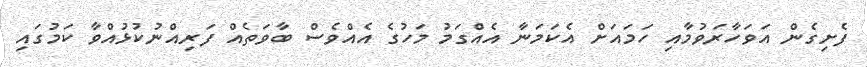
ފެށިގެން އަވަހާރަވުމާއި ހަމައަށް އެކަމަނާ އެއްގަމު މަހުގެ އެއްވެސް ބާވަތެއް ފަރިއްނުކުޅުއްވާ ކަމުގައި